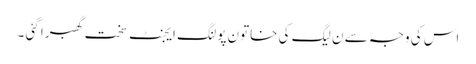
اس کی وجہ سے ن لیگ کی خاتون پولنگ ایجنٹ سخت گھبرا گئی ۔